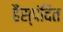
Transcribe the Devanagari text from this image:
हैंस्पंदित